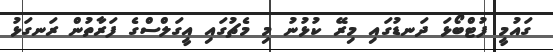
ގައުމީ ފުޓްބޯޅަ ދަނޑުގައި މިރޭ ކުޅުނު މި މެޗުގައި އީގަލްސްގެ ފަރާތުން ރަނގަޅު